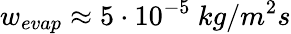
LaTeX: w_{evap}\approx 5\cdot 10^{-5}~kg/m^{2}s